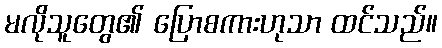
မလိုသူတွေ၏ ပြောစကားဟုသာ ထင်သည်။